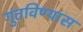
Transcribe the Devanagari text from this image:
गुंतविण्यास